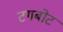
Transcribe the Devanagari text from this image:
टगबोट